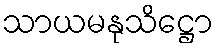
သာယမနုသိဋ္ဌော